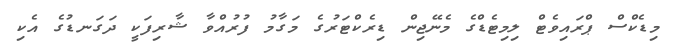
މިޑެކްސް ޕްރައިވެޓް ލިމިޓެޑްގެ މެނޭޖިން ޑިރެކްޓަރުގެ މަގާމު ފުރުއްވާ ޝާރިފަކީ ދަގަނޑުގެ އެކި